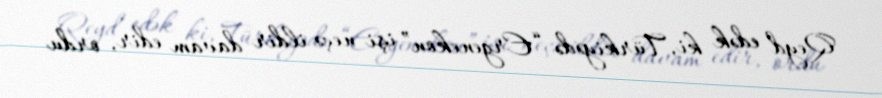
Qeyd edək ki, Türkiyədə “Ergenekon” işi neçə ildir davam edir, ordu